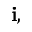
\mathbf { i } ,